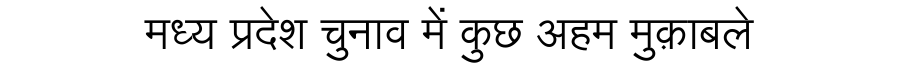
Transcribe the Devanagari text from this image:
मध्य प्रदेश चुनाव में कुछ अहम मुक़ाबले